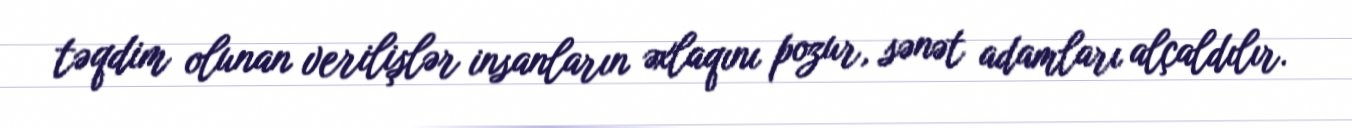
təqdim olunan verilişlər insanların əxlaqını pozur, sənət adamları alçaldılır.